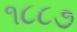
૧૮૮૭